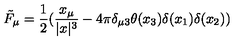
\tilde { F } _ { \mu } = \frac { 1 } { 2 } ( \frac { x _ { \mu } } { | x | ^ { 3 } } - 4 \pi \delta _ { \mu 3 } \theta ( x _ { 3 } ) \delta ( x _ { 1 } ) \delta ( x _ { 2 } ) )